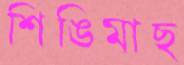
শিঙিমাছ